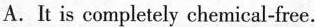
A. It is completely chemical-free.